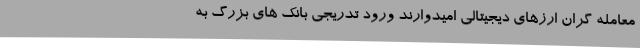
معامله گران ارزهای دیجیتالی امیدوارند ورود تدریجی بانک های بزرگ به